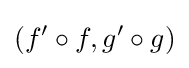
(f'\circ f,g'\circ g)